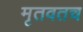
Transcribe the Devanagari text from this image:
मृतवतच